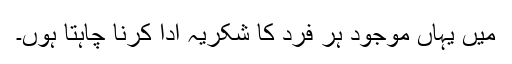
میں یہاں موجود ہر فرد کا شکریہ ادا کرنا چاہتا ہوں۔